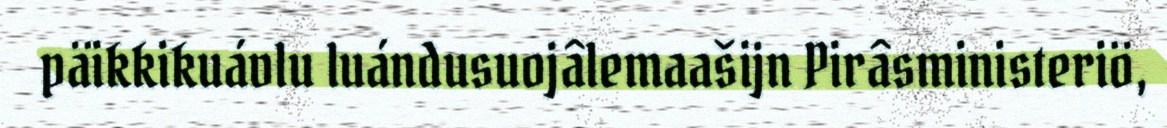
päikkikuávlu luándusuojâlemaašijn Pirâsministeriö,